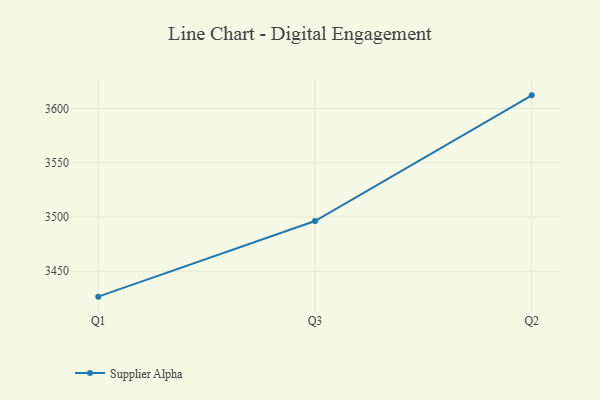
{"axis": {"x": "Quarter", "y": "Budget (USD K)"}, "legend": ["Supplier Alpha"], "data": [{"x": "Q1", "y": 3426.6, "type": "Supplier Alpha"}, {"x": "Q3", "y": 3496.3, "type": "Supplier Alpha"}, {"x": "Q2", "y": 3612.1, "type": "Supplier Alpha"}]}